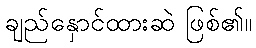
ချည်နှောင်ထားဆဲ ဖြစ်၏။